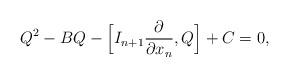
LaTeX: \begin{align*} Q^2 - BQ - \Bigl[I_{n+1}\frac{\partial }{\partial x_n},Q\Bigr] + C = 0, \end{align*}